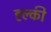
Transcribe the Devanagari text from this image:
ह्ल्की